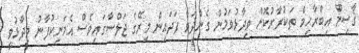
ޤާސިމް އިބްރާހިމް ތަކުރާރުކޮށް ވިދާޅުވަމުން ގެންދަވާ ފަދައިން މިރޭގެ ޖަލްސާގައިވެސް އެމަނިކުފާނު ވިދާޅުވީ